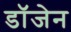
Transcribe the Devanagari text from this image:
डॉजेन